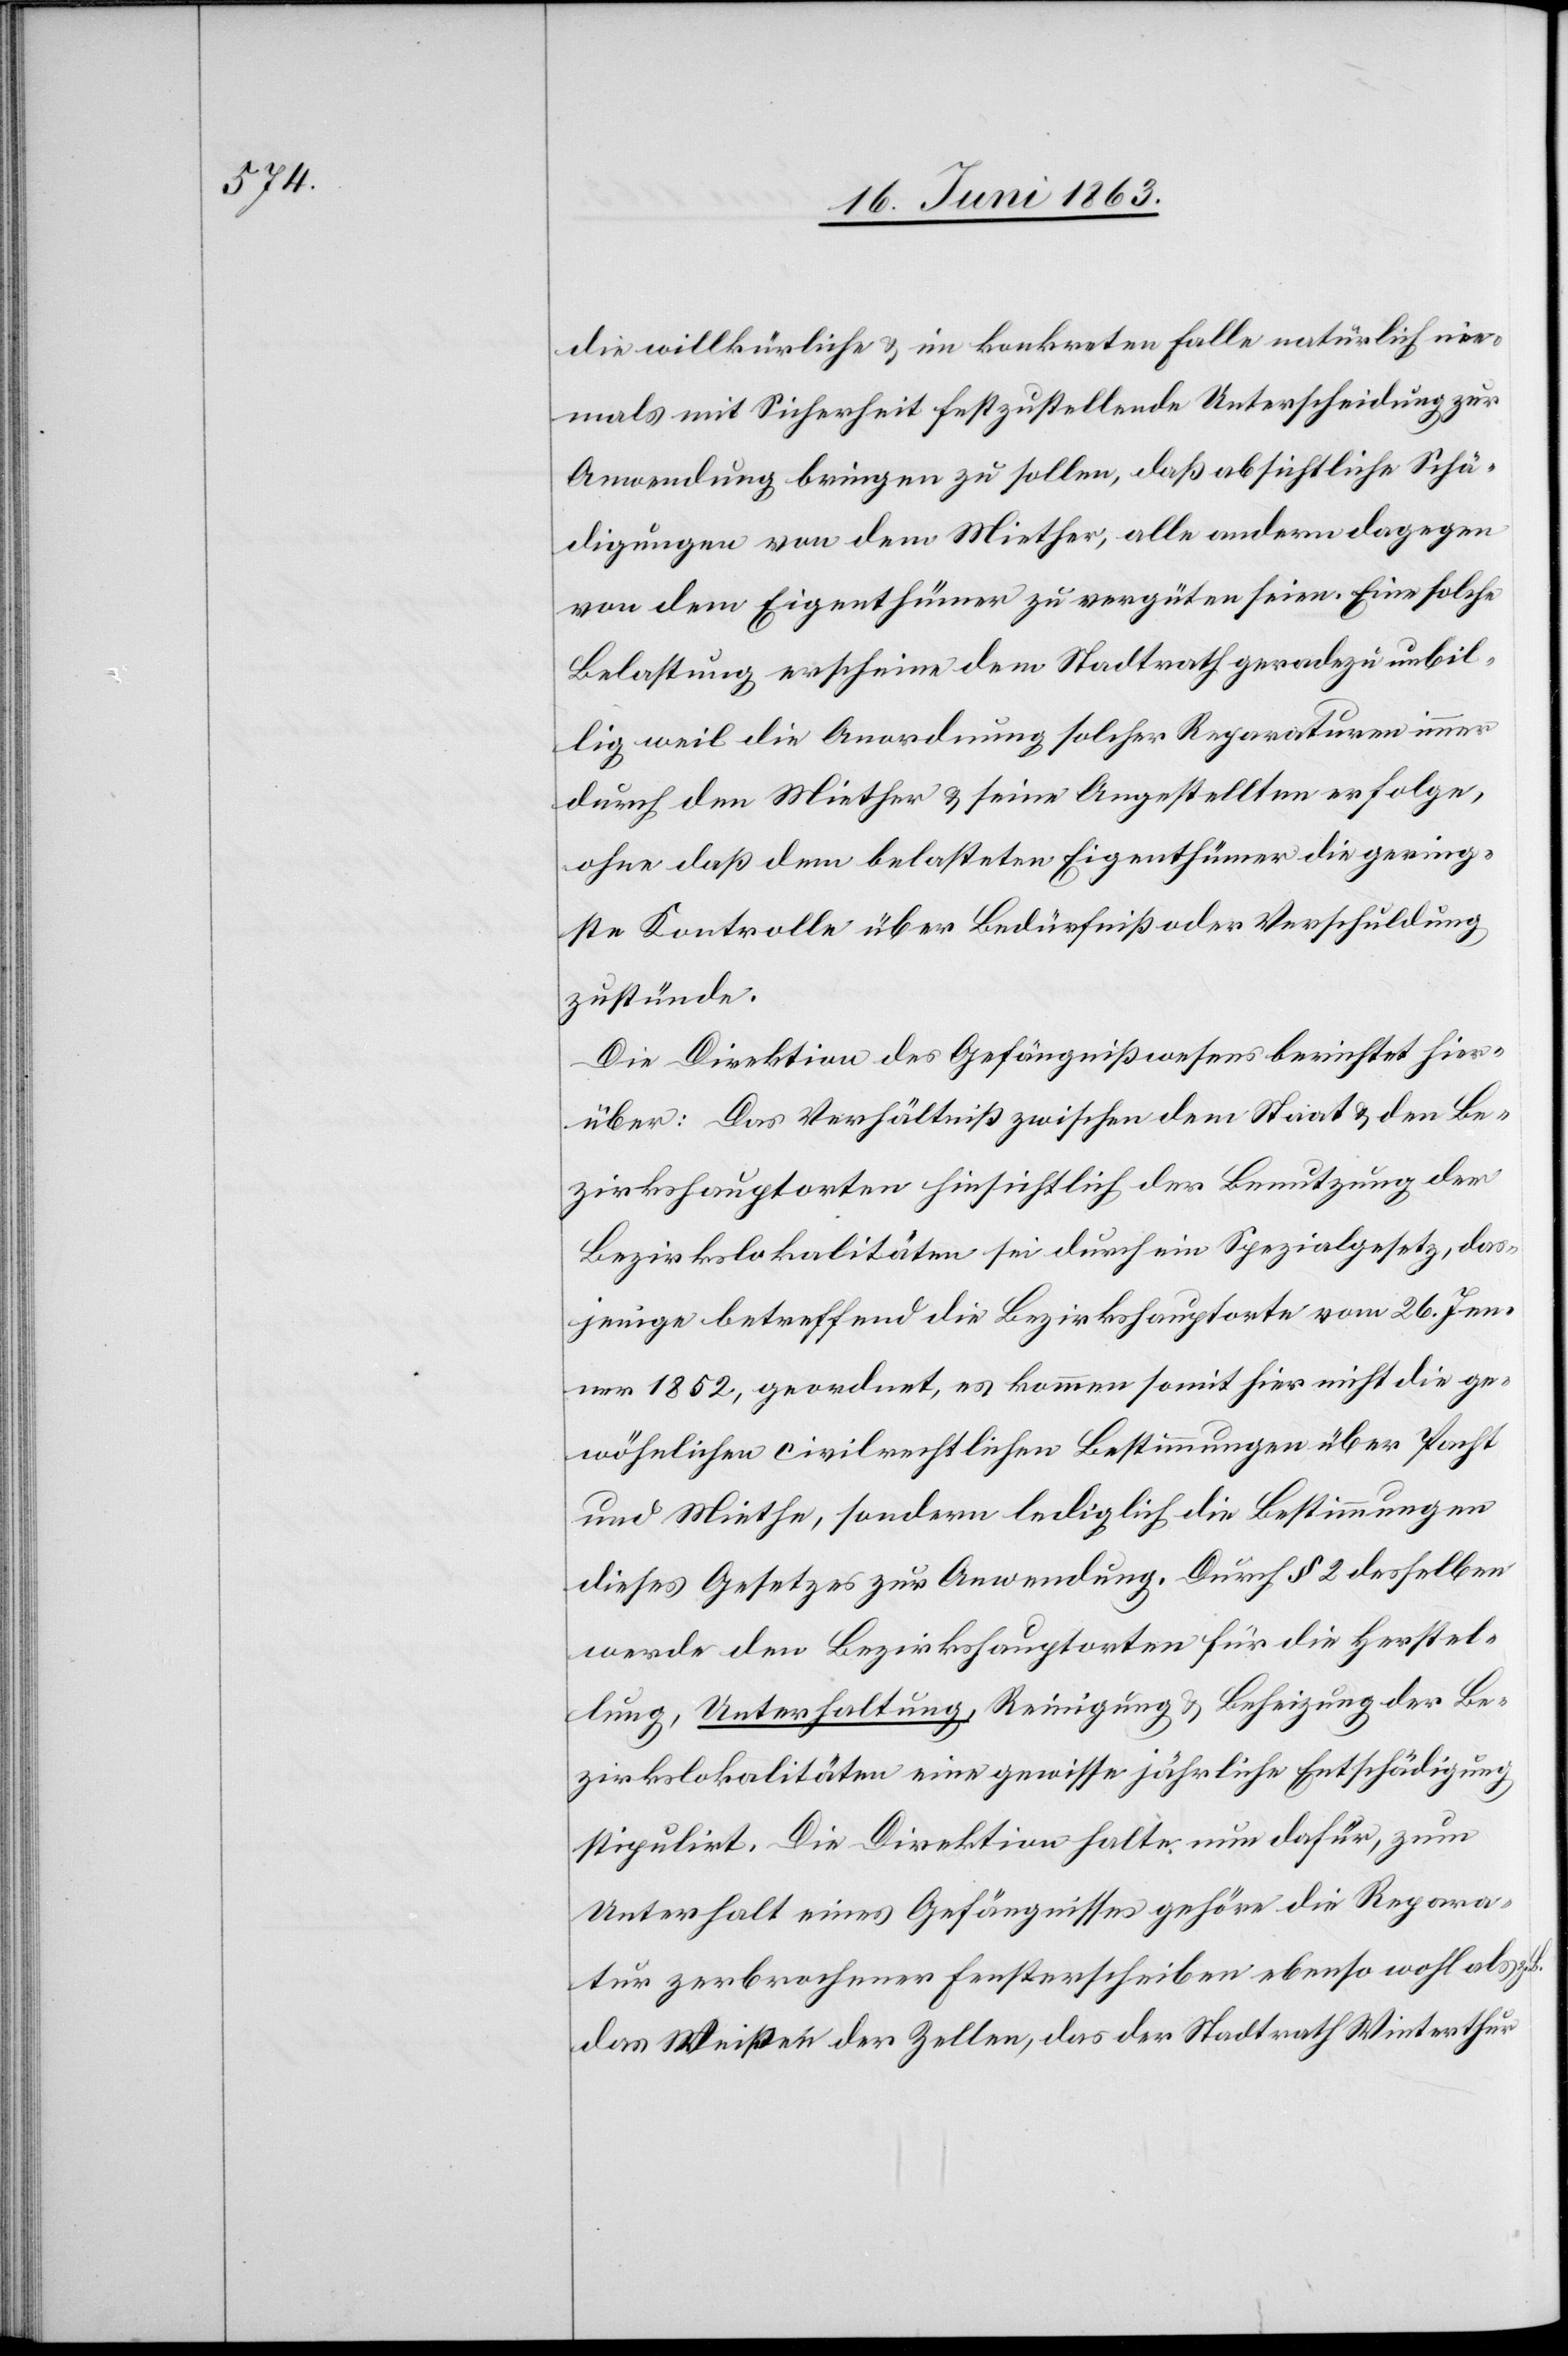
die willkürliche & im konkreten Falle natürlich nie¬
mals mit Sicherheit festzustellende Unterscheidung zur
Anwendung bringen zu sollen, daß absichtliche Schä¬
digungen von dem Miether, alle andern dagegen
von dem Eigenthümer zu vergüten seien. Eine solche
Belastung erscheine dem Stadtrath geradezu unbil¬
lig weil die Anordnung solcher Reparaturen immer
durch den Miether & seine Angestellten erfolge,
ohne daß dem belasteten Eigenthümer die gering¬
ste Kontrolle über Bedürfniß oder Verschuldung
zustünde.
Die Direktion des Gefängnißwesens berichtet hier¬
über: Das Verhältniß zwischen dem Staat & den Be¬
zirkshauptorten hinsichtlich der Benutzung der
Bezirkslokalitäten sei durch ein Spezialgesetz, das¬
jenige betreffend die Bezirkshauptorte vom 26. Jen¬
ner 1852, geordnet, es kommen somit hier nicht die ge¬
wöhnlichen civilrechtlichen Bestimmungen über Pacht
und Miethe, sondern lediglich die Bestimmungen
dieses Gesetzes zur Anwendung. Durch § 2 desselben
werde den Bezirkshauptorten für die Herstel¬
lung, Unterhaltung, Reinigung & Beheizung der Be¬
zirkslokalitäten eine gewisse jährliche Entschädigung
stipulirt. Die Direktion halte nun dafür, zum
Unterhalt eines Gefängnisses gehöre die Repara¬
tur zerbrochener Fensterscheibe ebenso wohl als
das Weißen der Zellen, das der Stadtrath Winterthur